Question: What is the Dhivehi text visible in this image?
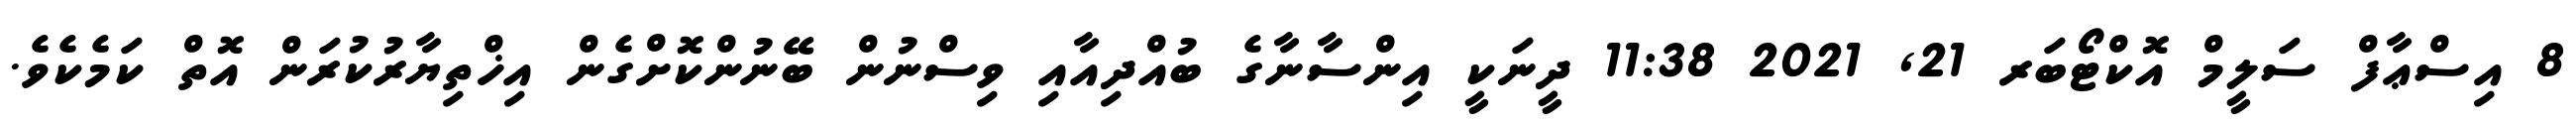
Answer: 8 އިސްޢާފް ސަލީމް އޮކްޓޯބަރ 21, 2021 11:38 ދީނަކީ އިންސާނާގެ ބުއްދިއާއި ވިސްނުން ބޭނުންކޮށްގެން އިޚްތިޔާރުކުރަން އޮތް ކަމެކެވެ.